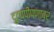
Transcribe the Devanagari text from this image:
दुटप्पीपणावर